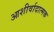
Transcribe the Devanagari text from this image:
आशीर्वादात्मक